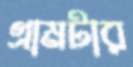
গ্রামটার